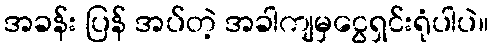
အခန်း ပြန် အပ်တဲ့ အခါကျမှငွေရှင်းရုံပါပဲ။